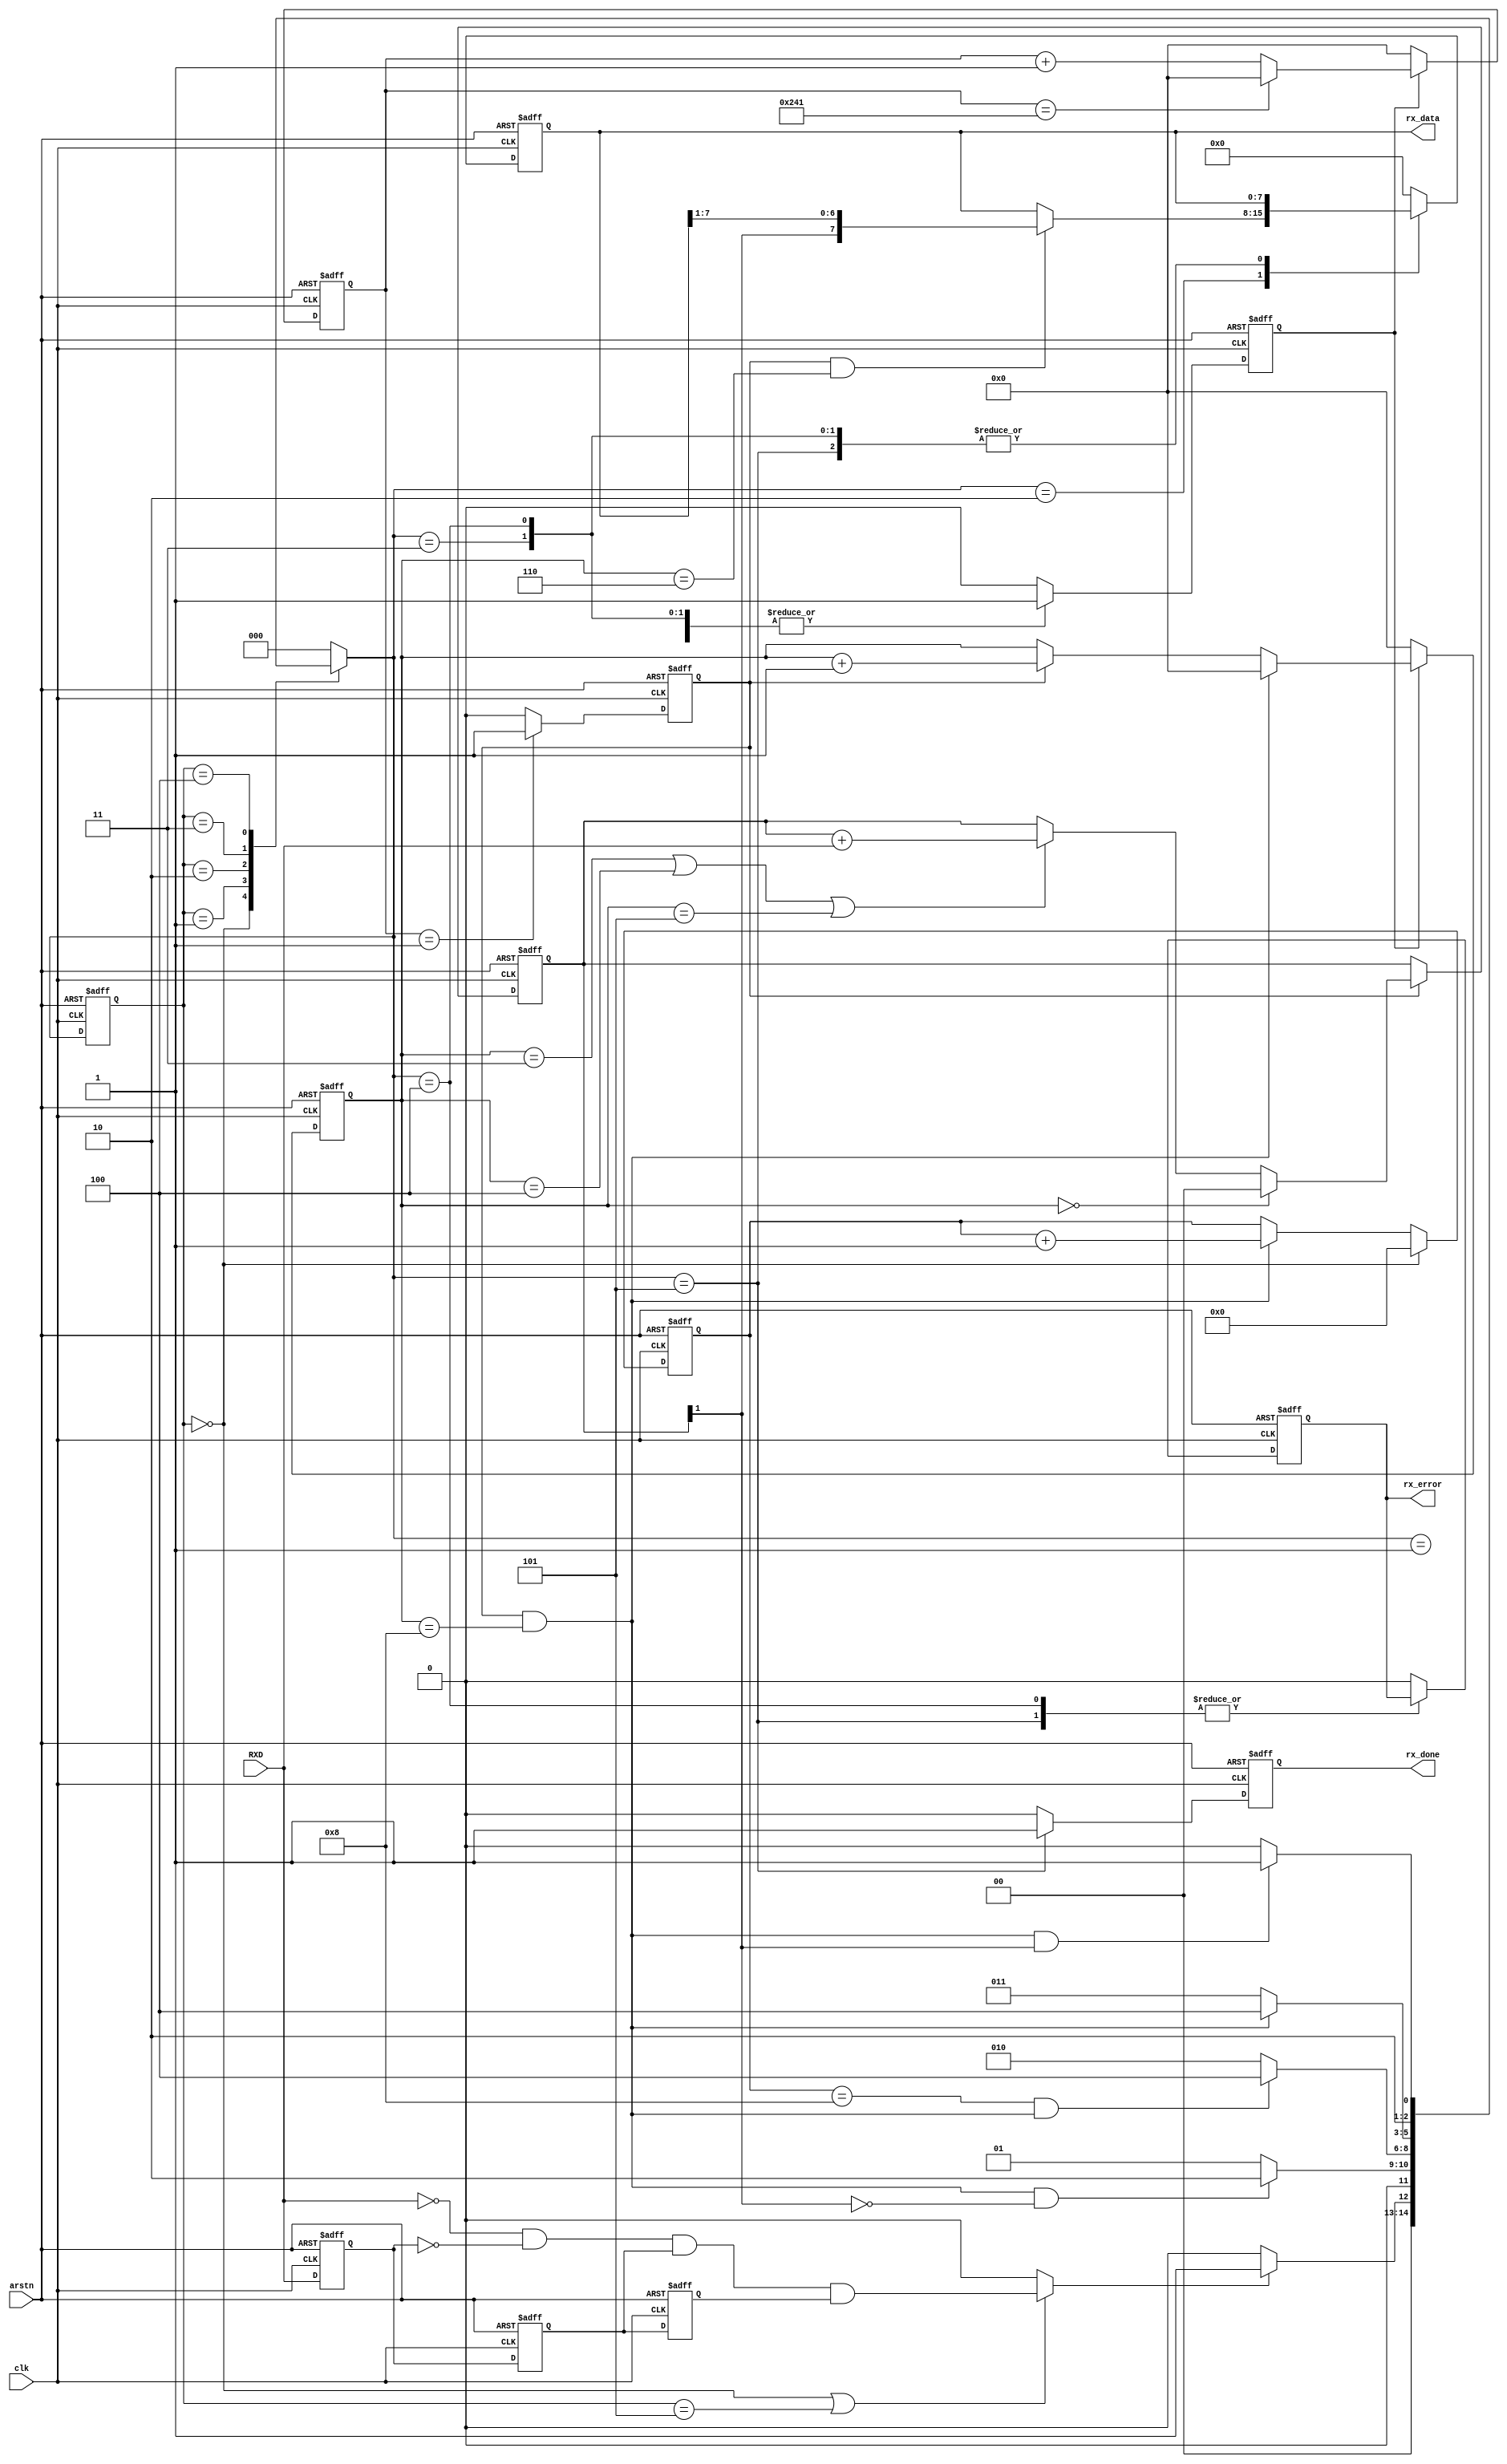
`timescale 1ns/1ps

module uart_rx
#(
	parameter	CLK_FREQ = 50_000_000,
				BAUD_RATE = 9600,
				PARITY = "NONE",
				DATA_WIDTH = 8
)
(
	input	clk, arstn,
	output	reg	rx_done,
	output	reg	[DATA_WIDTH-1:0]	rx_data,
	output	reg	rx_error,
	input	RXD
);

localparam	FREQ_COUNT = CLK_FREQ / BAUD_RATE / 9 - 1,
			CLK_WIDTH = log2(FREQ_COUNT),
			SHIFT_WIDTH = log2(DATA_WIDTH);
reg	[CLK_WIDTH-1:0]	clk_count, sample_count;
reg	clk_count_en;
reg	[SHIFT_WIDTH-1:0]	bit_count;
reg	sample_en;

// FSM
localparam	IDLE = 3'd0, START = 3'd1, DATA = 3'd2, PARI = 3'd3, STOP = 3'd4, DONE = 3'd5;
reg	[2:0]	current_state, next_state;
reg	RXD_r1, RXD_r2, RXD_r3;
reg	rx_start;
wire	br_clk;
reg	[1:0]	rx_sample;

// RXD negedge capture
always@(posedge clk or negedge arstn) begin
	if(~arstn) begin
		RXD_r1 <= 1'b0;
		RXD_r2 <= 1'b0;
		RXD_r3 <= 1'b0;
	end
	else begin
		RXD_r1 <= RXD;
		RXD_r2 <= RXD_r1;
		RXD_r3 <= RXD_r2;
	end
end

// rx_start @ negedge RXD
always@(*) begin
	if(current_state == IDLE || current_state == DONE)
		rx_start = ~RXD & ~RXD_r1 & RXD_r2 & RXD_r3;
	else
		rx_start = 1'b0;
end

// clk_count
always@(posedge clk or negedge arstn) begin
	if(~arstn)
		clk_count <= 'd0;
	else begin
		if(clk_count_en) begin
			if(clk_count == FREQ_COUNT)
				clk_count <= 'd0;
			else
				clk_count <= clk_count + 1'b1;
		end
		else begin
			clk_count <= 'd0;
		end
	end
end

// sample_en
always@(posedge clk or negedge arstn) begin
	if(~arstn)
		sample_en <= 1'b0;
	else if(clk_count == 'd1)
		sample_en <= 1'b1;
	else
		sample_en <= 1'b0;
end

assign br_clk = sample_en && (sample_count == 'd8);

// sample_count
always@(posedge clk or negedge arstn) begin
	if(~arstn)
		sample_count <= 'd0;
	else if(clk_count_en) begin
		if(br_clk)
			sample_count <= 'd0;
		else if(sample_en)
			sample_count <= sample_count + 1'b1;
	end
	else begin
		sample_count <= 'd0;
	end
end

// bit_count
always@(posedge clk or negedge arstn) begin
	if(~arstn)
		bit_count <= 'd0;
	else if(current_state == IDLE)
		bit_count <= 'd0;
	else if(br_clk)
		bit_count <= bit_count + 1'b1;
end

// rx_sample
always@(posedge clk or negedge arstn) begin
	if(~arstn)
		rx_sample <= 'd0;
	else if(sample_en) begin
		if(sample_count == 0)
			rx_sample <= 'd0;
		else if(sample_count == 3 || sample_count == 4 || sample_count == 5)
			rx_sample <= rx_sample + RXD;
	end
end

// FSM combinational
always@(*) begin
	case(current_state)
		IDLE:	next_state = rx_start ? START : IDLE;
		START:	next_state = (br_clk & ~rx_sample[1]) ? DATA : START;
		DATA:	begin
			if(PARITY == "ODD" || PARITY == "EVEN")
				next_state = (bit_count == DATA_WIDTH && br_clk) ? PARI : DATA;
			else
				next_state = (bit_count == DATA_WIDTH && br_clk) ? STOP : DATA;
		end
		PARI:	next_state = br_clk ? STOP : PARI;
		STOP:	next_state = (br_clk & rx_sample[1]) ? DONE : STOP;
		DONE:	next_state = IDLE;
		default:	next_state = IDLE;
	endcase
end

// FSM sequential
always@(posedge clk or negedge arstn) begin
	if(~arstn)
		current_state <= IDLE;
	else
		current_state <= next_state;
end

// FSM output to ctrl signals
always@(posedge clk or negedge arstn) begin
	if(~arstn) begin
		rx_data <= 'd0;
		rx_done <= 1'b0;
		rx_error <= 1'b0;
		clk_count_en <= 1'b0;
	end
	else begin
		case(next_state)
			IDLE:	begin
				rx_data <= 'd0;
				rx_done <= 1'b0;
				rx_error <= 1'b0;
				clk_count_en <= 1'b0;
			end
			START:	begin
				rx_data <= 'd0;
				rx_done <= 1'b0;
				rx_error <= 1'b0;
				clk_count_en <= 1'b1;
			end
			DATA:	begin
				rx_done <= 1'b0;
				rx_error <= 1'b0;
				clk_count_en <= 1'b1;
				if(sample_en && sample_count == 'd6)
					rx_data <= {rx_sample[1], rx_data[DATA_WIDTH-1:1]};
			end
			PARI:	begin
				rx_done <= 1'b0;
				clk_count_en <= 1'b1;
				if(sample_count == 'd6) begin
					if(PARITY == "EVEN")
						rx_error <= (^{rx_data, rx_sample[1]} != 1'b0);
					else if(PARITY == "ODD")
						rx_error <= (^{rx_data, rx_sample[1]} != 1'b1);
					else
						rx_error <= 1'b0;
				end
				else begin
					rx_error <= 1'b0;
				end
			end
			STOP:	begin
				rx_done <= 1'b0;
				clk_count_en <= 1'b1;
			end
			DONE:	begin
				rx_done <= 1'b1;
				clk_count_en <= 1'b0;
			end
			default:	begin
				rx_data <= 'd0;
				rx_done <= 1'b0;
				rx_error <= 1'b0;
				clk_count_en <= 1'b0;
			end
		endcase
	end
end

function integer log2(input integer v);
	begin
		log2=0;
		while(v>>log2) 
			log2=log2+1;
	end
endfunction

endmodule